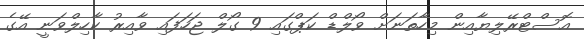
އޮސްޓްރޭލިޔާއިން މިހާތަނަށް ވޯލްޑް ކަޕްގައި 9 ގޯލް ޖަހަފައި ވާއިރު ކާހިލްވަނީ އޭގެ